[Report on the health of British troops in the Madras command]
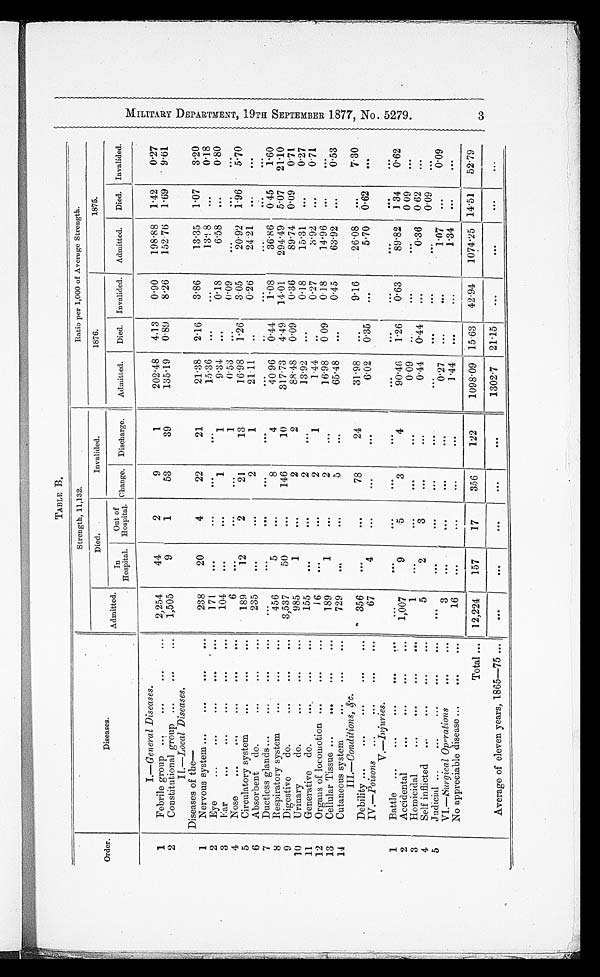
MILITARY DEPARTMENT, 19TH SEPTEMBER 1877, NO. 5279.
3
TABLE B.
Order.
Diseases.
Strength, 11,132.
Ratio per 1,000 of Average Strength.
Admitted.
Died.
Invalided.
1876.
1875.
In
Hospital .
Out of
Hospital . Change.
Discharge.
Admitted.
Died. Invalided.
Admitted.
Died.
Invalided.
1
I—General Diseases.
Febrile
2,254
44
2
9
1
2 0 2 . 4 8
4.13
0.90
1 9 8 . 8 8
1.42
0.27
'
2
group •••
•••
•••
Constitutional group
•••
•••
•••
1,505
9
1
53
39
135 . 19
0 . 89
8.26
1 5 2 . 7 6
1.69
9 . 6 1
II—Local Diseases.
1
Diseases of
t h e —
Nervous system •••
• • • • • •
238
20
4
22
21
21 .38
2 . 16
36.86
13.35
1.07
3.20
2
Eye
•••
•••
•••
•••
•••
171
•••
•••
•••
•••
15.36
• • •
•••
1 3 . 9 8
•••
0.18
3
Far •••
••• ••• ••• •••
104
•••
•••
1
1
9 . 3 4
• • •
0.18
6.58
• • •
0 . 8 0
4
Nose
•••
•••
•••
6
••• ••• •••
1
0 . 5 3
• • •
0.89
••• ••• •••
5
Circulatory system
••• •••
•••
189
12
2
21
13
16.98
1 . 2 6
3 . 0 5
2 0 . 9 2
1.96
5'70
6
Absorbent
do.
•••
•••
•••
235
•••
•••
2
1
2 1 . 1 1
•••
0 . 2 6
2 4 . 2 1
•••
• • •
7
D uc tless glands •••
•••
•••
•••
••• ••• ••• ••• ••• ••• •••
•••
••• •••
8
Respiratory system
•••
•••
•••
456
5
•••
8
4
4 0 . 9 6
0 . 4 4
1 . 0 8
36.86
0 . 4 5
1.60
9
Digestive
do.
•••
•••
•••
3,537
50
•••
146
10
317.73
4 . 49
14.01
294.49
5.07
21.10
10
Urinary
do.
•••
•••
•••
985
1
•••
2
2
8 8 . 4 8
0 . 09
0.36
89.74
0.09
0 . 7 1
11
Generative
do.
•••
•••
•••
155
• • •
•••
2
•••
13.92
• • •
0.18
15.31
•••
0.27
12
Organs of locomotion •••
•••
•••
16
•••
•••
2
1
1 . 4 4
..
0.27
3 . 9 2
• • •
0 . 7 1
13
Cellular Tissue •••
•••
•••
•••
189
1
•••
2
• • •
16.98
0 09
0 . 1 8
14.96
• • •
•••
14
Cutaneous system
••• ••• •••
III.—Conditions, &c.
729
••• •••
5
•••
65.48
• • •
0.45
63.92
• • •
0.53
356
• • •
78
24
31.98
• • •
9.16
26.08
• • •
7 . 3 0
Debility ••
•••
••
•••
IV.-Poisons
•••
•••
•••
•••
67
•••
4
•••
•••
•••
6 . 0 2
0.45
•••
5.70 0 . 62
•••
V.—Injuries.
1
Battle
•••
• • •
•••
•••
•••
•••
• •
• •
• • •
••
• •
2
•••
•••
•••
•••
Accidental
•••
•••
•••
•••
• •
1,007
9
5
3
4
9 0 . 4 6
1.26
0.63
89.82
1.34
0.62
3
Homicidal
•••
•••
• ••
•••
1
•••
•••
• • •
•• •
0 . 0 9
• • •
•••
•••
0 09
•••
4
5
Self inflicted
•••
•••
•••
•••
Judicial •••
•••
••• •••
• • •
5
•••
2
•••
3
•••
•••
•••
•••
•••
0 . 4 4
•••
0.44
•••
• • •
•••
0.36
• • •
0 62
0.09
• • •
• • •
VI.—Surgical Operations
••
•••
3
•••
• • •
•••
• • •
0.27
• • •
•••
1 . 0 7
• • •
0.09
No appreciable disease •••
•••
•••
16
•••
•••
•••
•••
1.44
• • •
•••
1.34
• • •
•••
.
Total •••
12,224
157
17
356
122
1 0 9 8 . 0 9
.
15.63 42.94
_
1 0 7 4 . 2 5
1 4 . 5 1 52.79
Average of eleven years, 1865-75 ••• •••
•••
•••
•••
•••
1302.7 21.15
• • •
• • •
• • •
• • •